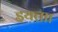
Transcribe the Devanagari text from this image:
इयत्ताा